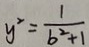
y ^ { 2 } = \frac { 1 } { b ^ { 2 } + 1 }